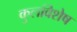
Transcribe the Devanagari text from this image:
कुलविशेष